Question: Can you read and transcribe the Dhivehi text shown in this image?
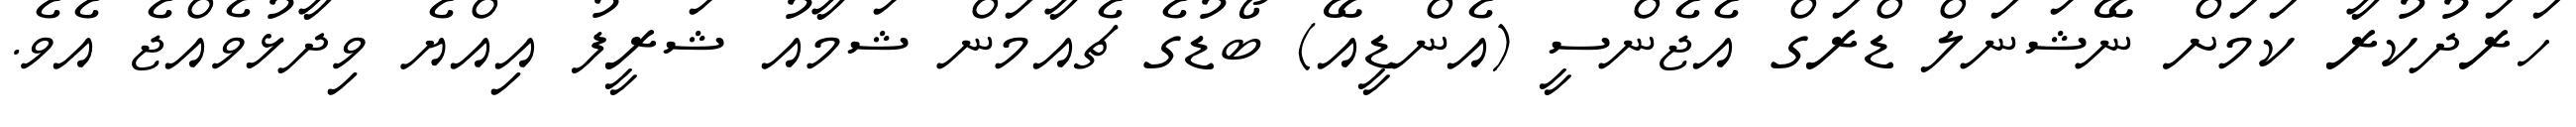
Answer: ހަރަދުކުރާ ކަމަށް ނޭޝަނަލް ޑްރަގް އެޖެންސީ (އެންޑީއޭ) ބޯޑުގެ ޗެއާމަން ޝަމާއު ޝަރީފު އިއްޔެ ވިދާޅުވެއްޖެ އެވެ.